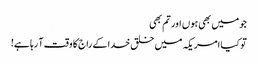
جو میں بھی ہوں اور تم بھی
تو کیا امریکہ میں خلق خدا کے راج کا وقت آ رہا ہے!